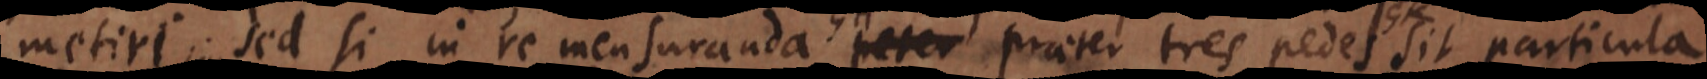
metiri. Sed si in re mensuranda praeter tres pedes sit particul